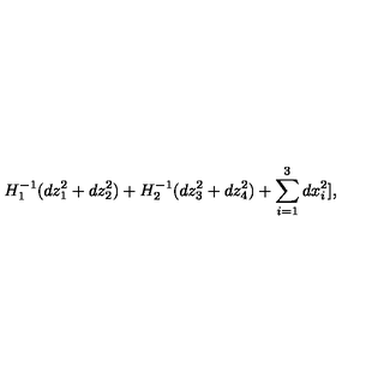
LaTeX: H _ { 1 } ^ { - 1 } ( d z _ { 1 } ^ { 2 } + d z _ { 2 } ^ { 2 } ) + H _ { 2 } ^ { - 1 } ( d z _ { 3 } ^ { 2 } + d z _ { 4 } ^ { 2 } ) + \sum _ { i = 1 } ^ { 3 } d x _ { i } ^ { 2 } ] ,